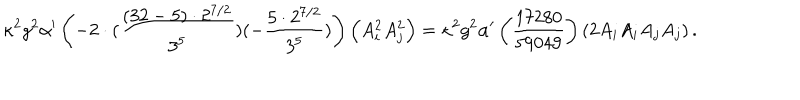
\kappa ^ { 2 } g ^ { 2 } \alpha ^ { \prime } \left( - 2 \cdot ( \frac { ( 3 2 - 5 ) \cdot 2 ^ { 7 / 2 } } { 3 ^ { 5 } } ) ( - \frac { 5 \cdot 2 ^ { 7 / 2 } } { 3 ^ { 5 } } ) \right) \left( A _ { i } ^ { 2 } A _ { j } ^ { 2 } \right) = \kappa ^ { 2 } g ^ { 2 } \alpha ^ { \prime } \left( \frac { 1 7 2 8 0 } { 5 9 0 4 9 } \right) \left( 2 A _ { i } A _ { i } A _ { j } A _ { j } \right) .